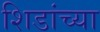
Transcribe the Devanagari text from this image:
शिडांच्या